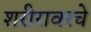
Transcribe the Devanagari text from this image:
शरीरावरचे